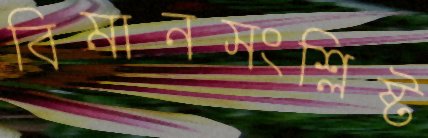
বিমানসংশ্লিষ্ট